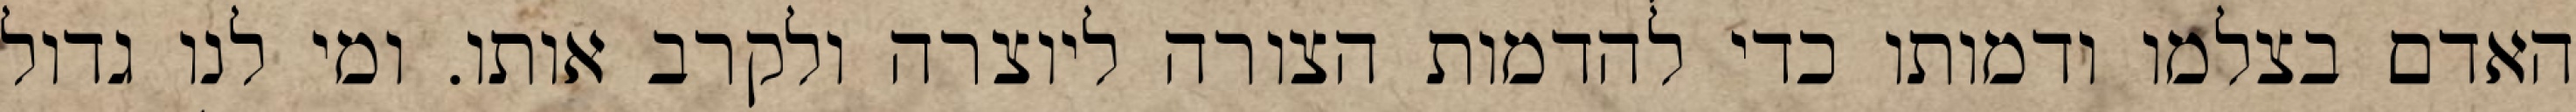
האדם בצלמו ודמותו כדי להדמות הצורה ליוצרה ולקרב אותו. ומי לנו גדול